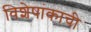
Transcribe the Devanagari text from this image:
विशेषांकाची